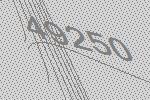
49250